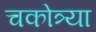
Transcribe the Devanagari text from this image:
चकोत्र्या